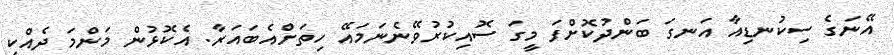
އޭނަގެ ސިކުނޑިއާ އަނގަ ބަންދުކޮށްފަ މީގަ ސޮއިކުރުވޭނެނަމައޭ ހިތަށްއެބައަރާ. އެކޮޅުން މަންމަ ދެއްކި